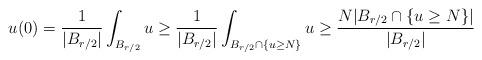
LaTeX: \begin{align*}u(0)=\frac{1}{|B_{r/2}|}\int_{B_{r/2}}u \geq \frac{1}{|B_{r/2}|}\int_{B_{r/2}\cap\{ u \geq N\}}u \geq \frac{N|B_{r/2}\cap\{ u \geq N\}|}{|B_{r/2}|} \end{align*}